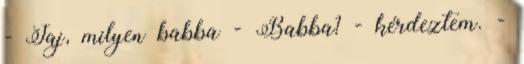
- Jaj, milyen babba - Babba? - kérdeztem. -